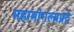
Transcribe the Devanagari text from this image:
महामांगल्यप्रदे